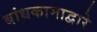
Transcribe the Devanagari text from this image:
बांधकामाद्वारे